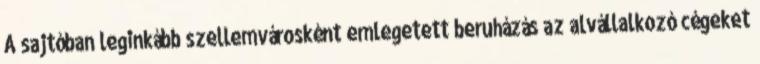
A sajtóban leginkább szellemvárosként emlegetett beruházás az alvállalkozó cégeket